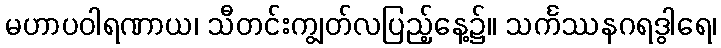
မဟာပဝါရဏာယ၊ သီတင်းကျွတ်လပြည့်နေ့၌။ သင်္ကဿနဂရဒွါရေ၊